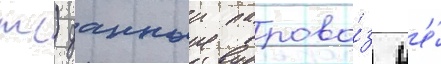
тс) данныи парово́з н'е́